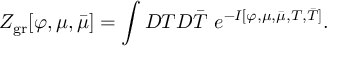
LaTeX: Z _ { \mathrm { g r } } [ \varphi , \mu , \bar { \mu } ] = \int { \cal D } T { \cal D } \bar { T } \, \, e ^ { - I [ \varphi , \mu , \bar { \mu } , T , \bar { T } ] } .